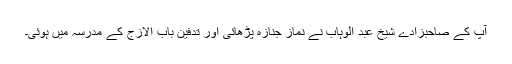
آپ کے صاحبزادے شیخ عبد الوہاب نے نماز جنازہ پڑھائی اور تدفین باب الازج کے مدرسہ میں ہوئی۔